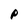
Character: p